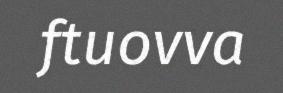
ftuovva